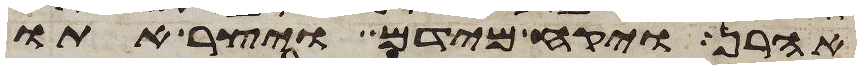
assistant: אהרן ויקח מידם ויצר אתו